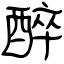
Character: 醉